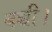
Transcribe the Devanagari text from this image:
बच्ची।